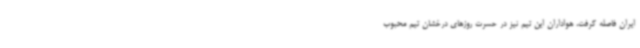
ایران فاصله گرفت، هواداران این تیم نیز در حسرت روزهای درخشان تیم محبوب